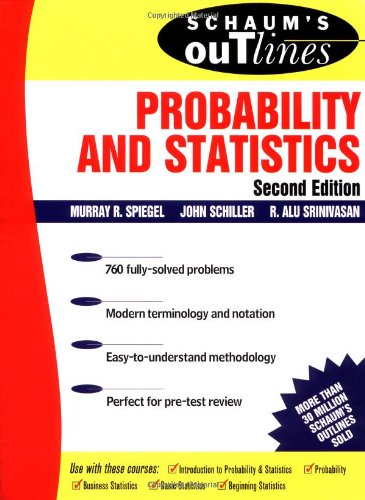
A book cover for Schaum's Outline: Probability and Statistics, Second Edition; Murray R Spiegel; Science & Math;